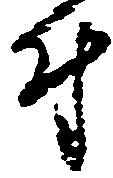
付